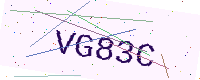
Text: VG83C